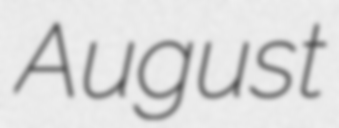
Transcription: August